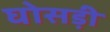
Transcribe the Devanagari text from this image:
घोसड़ी